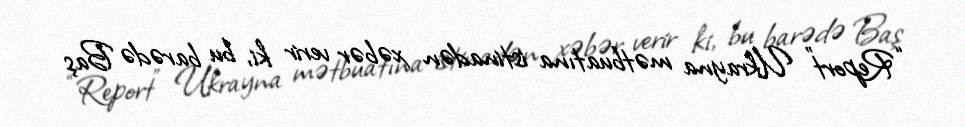
“Report” Ukrayna mətbuatına istinadən xəbər verir ki, bu barədə Baş